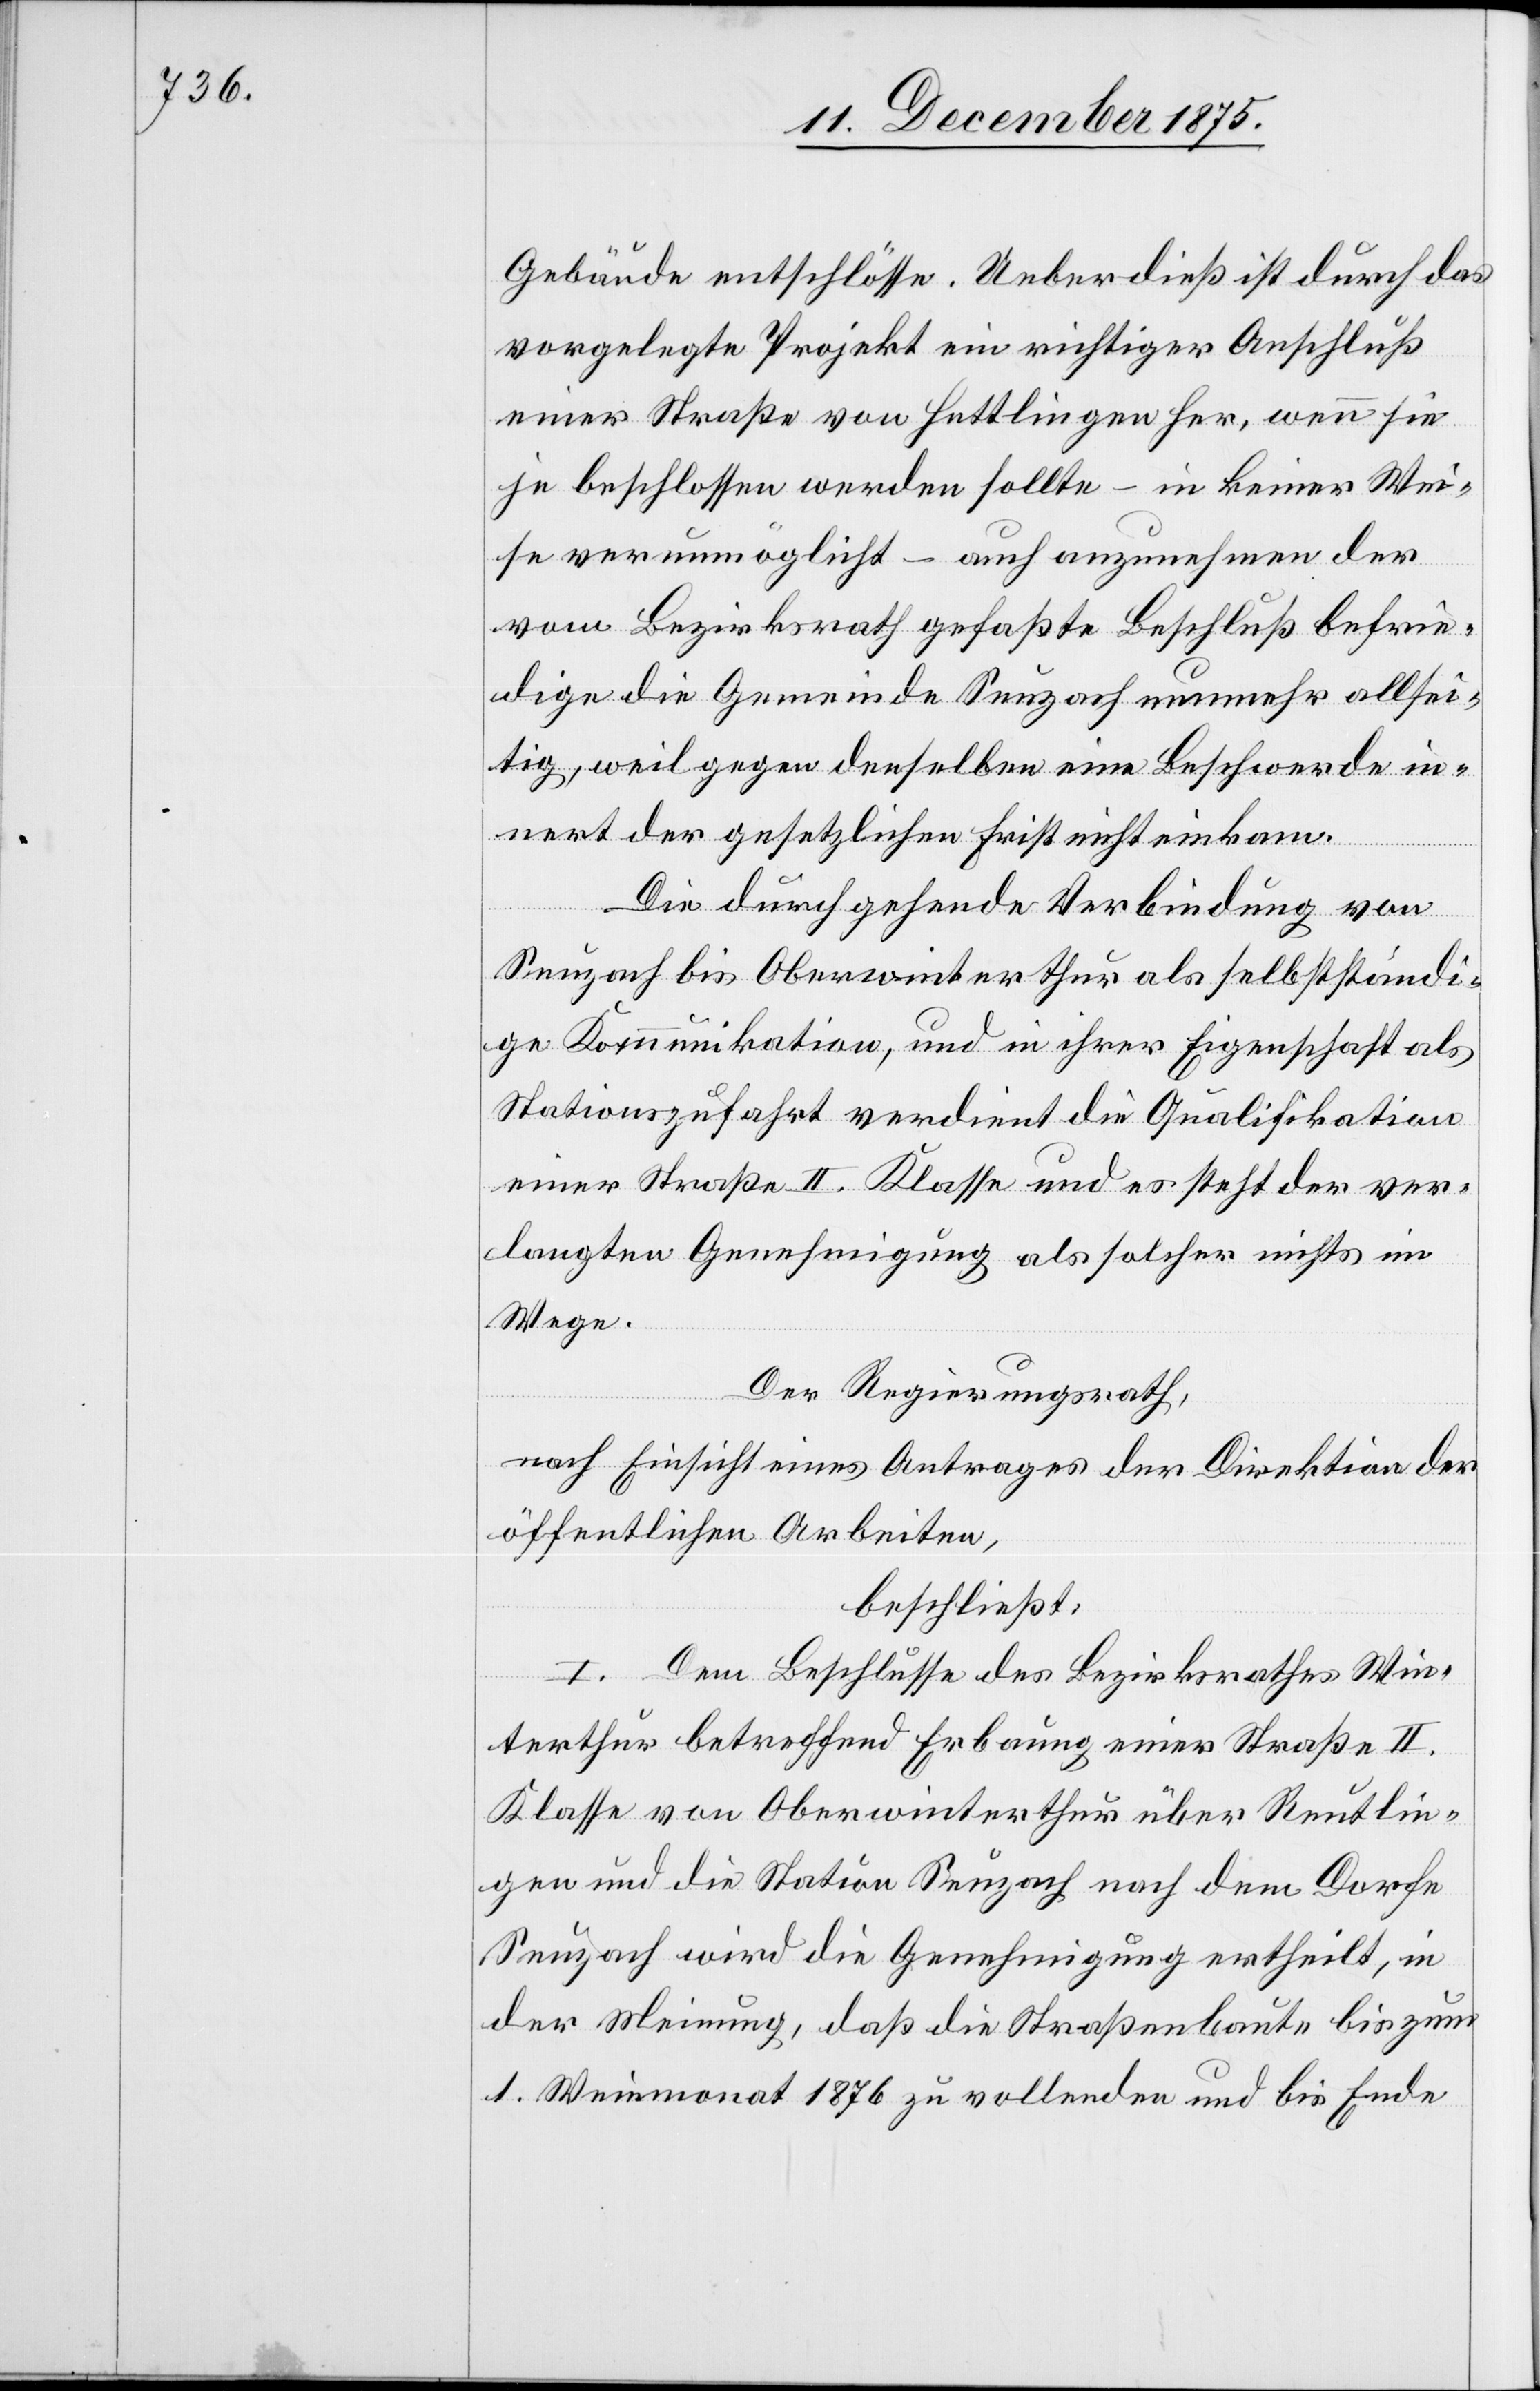
Gebäude entschlösse. Ueberdieß ist durch das
vorgelegte Projekt ein richtiger Anschluß
einer Straße von Hettlingen her, wenn sie
je beschlossen werden sollte – in keiner Wei¬
se verunmöglicht – auch anzunehmen der
vom Bezirksrath gefaßte Beschluß befrie¬
dige die Gemeinde Seuzach nunmehr allsei¬
tig, weil gegen denselben eine Beschwerde in¬
nert der gesetzlichen Frist nicht einkam.
Die durchgehende Verbindung von
Seuzach bis Oberwinterthur als selbstständi¬
ge Kommunikation, und in ihrer Eigenschaft als
Stationszufahrt verdient die Qualifikation
einer Straße II. Klasse und es steht der ver¬
langten Genehmigung als solcher nichts im
Wege.
Der Regierungsrath,
nach Einsicht eines Antrages der Direktion der
öffentlichen Arbeiten,
beschließt:
I. Dem Beschlusse des Bezirksrathes Win¬
terthur betreffend Erbauung einer Straße II.
Klasse von Oberwinterthur über Reutlin¬
gen und die Station Seuzach nach dem Dorfe
Seuzach wird die Genehmigung ertheilt, in
der Meinung, daß die Straßenbaute bis zum
1. Weinmonat 1876 zu vollenden und bis Ende